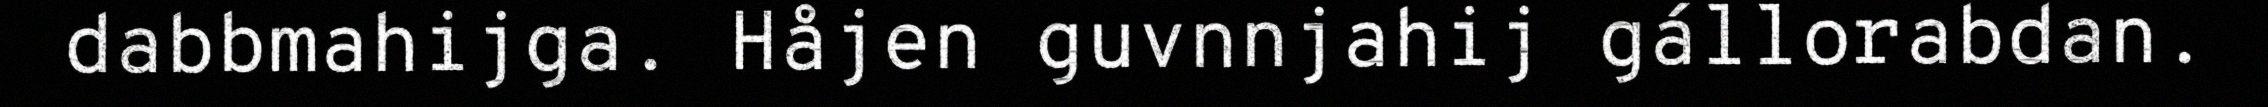
dabbmahijga. Håjen guvnnjahij gállorabdan.